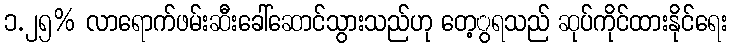
၁.၂၅% လာရောက်ဖမ်းဆီးခေါ်ဆောင်သွားသည်ဟု တေ့ွရသည် ဆုပ်ကိုင်ထားနိုင်ရေး